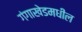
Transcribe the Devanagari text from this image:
गंगाखेडमधील